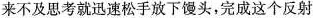
来不及思考就迅速松手放下馒头，完成这个反射